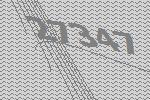
27347